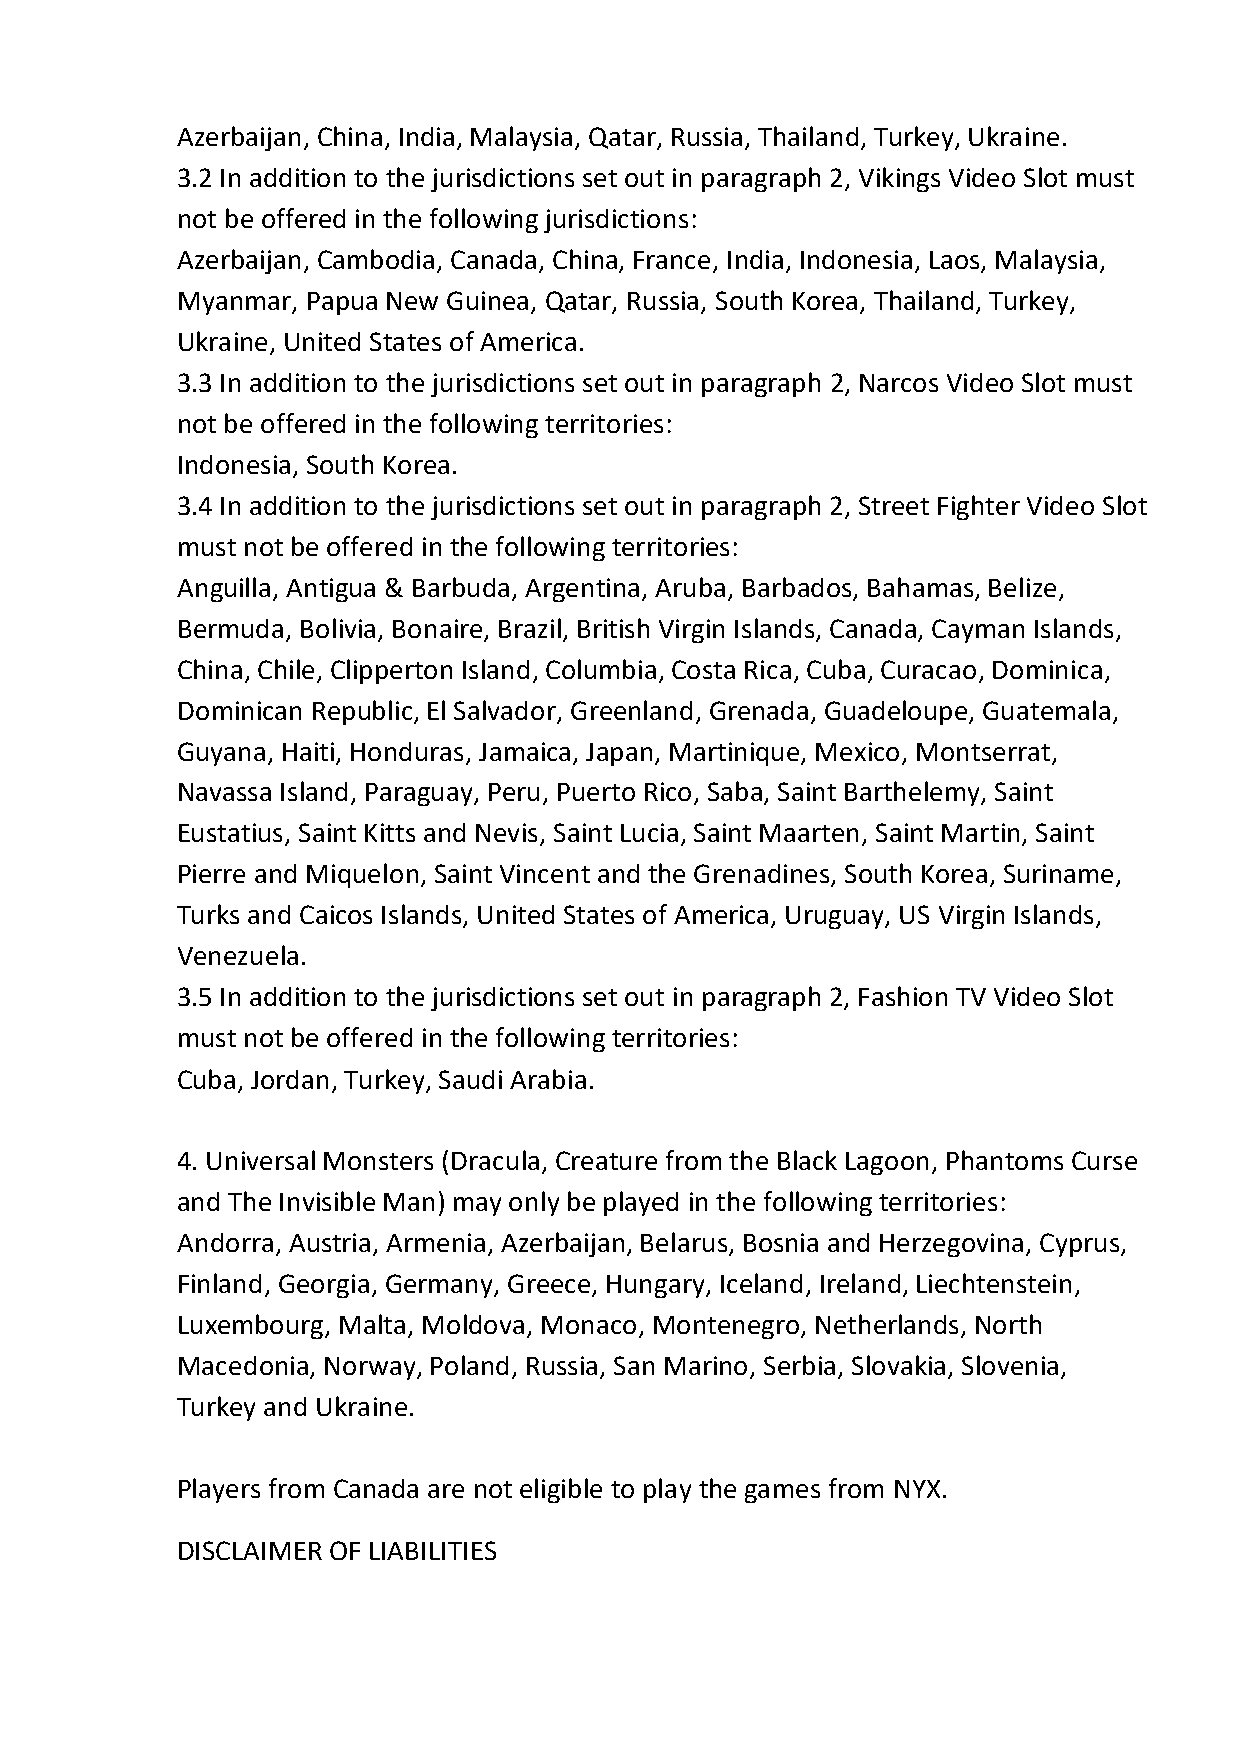
Azerbaijan, China, India, Malaysia, Qatar, Russia, Thailand, Turkey, Ukraine.
 3.2 In addition to the jurisdictions set out in paragraph 2, Vikings Video Slot must
 not be offered in the following jurisdictions:
 Azerbaijan, Cambodia, Canada, China, France, India, Indonesia, Laos, Malaysia,
 Myanmar, Papua New Guinea, Qatar, Russia, South Korea, Thailand, Turkey,
 Ukraine, United States of America.
 3.3 In addition to the jurisdictions set out in paragraph 2, Narcos Video Slot must
 not be offered in the following territories:
 Indonesia, South Korea.
 3.4 In addition to the jurisdictions set out in paragraph 2, Street Fighter Video Slot
 must not be offered in the following territories:
 Anguilla, Antigua & Barbuda, Argentina, Aruba, Barbados, Bahamas, Belize,
 Bermuda, Bolivia, Bonaire, Brazil, British Virgin Islands, Canada, Cayman Islands,
 China, Chile, Clipperton Island, Columbia, Costa Rica, Cuba, Curacao, Dominica,
 Dominican Republic, El Salvador, Greenland, Grenada, Guadeloupe, Guatemala,
 Guyana, Haiti, Honduras, Jamaica, Japan, Martinique, Mexico, Montserrat,
 Navassa Island, Paraguay, Peru, Puerto Rico, Saba, Saint Barthelemy, Saint
 Eustatius, Saint Kitts and Nevis, Saint Lucia, Saint Maarten, Saint Martin, Saint
 Pierre and Miquelon, Saint Vincent and the Grenadines, South Korea, Suriname,
 Turks and Caicos Islands, United States of America, Uruguay, US Virgin Islands,
 Venezuela.
 3.5 In addition to the jurisdictions set out in paragraph 2, Fashion TV Video Slot
 must not be offered in the following territories:
 Cuba, Jordan, Turkey, Saudi Arabia.
 4. Universal Monsters (Dracula, Creature from the Black Lagoon, Phantoms Curse
 and The Invisible Man) may only be played in the following territories:
 Andorra, Austria, Armenia, Azerbaijan, Belarus, Bosnia and Herzegovina, Cyprus,
 Finland, Georgia, Germany, Greece, Hungary, Iceland, Ireland, Liechtenstein,
 Luxembourg, Malta, Moldova, Monaco, Montenegro, Netherlands, North
 Macedonia, Norway, Poland, Russia, San Marino, Serbia, Slovakia, Slovenia,
 Turkey and Ukraine.
 Players from Canada are not eligible to play the games from NYX.
 DISCLAIMER OF LIABILITIES